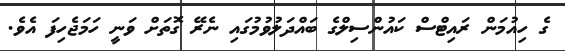
ގެ ހިއުމަން ރައިޓްސް ކައުންސިލްގެ ބައްދަލުވުމުގައި ނެރޭ ގޮތަށް ވަނީ ހަމަޖެހިފަ އެވެ.